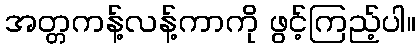
အတ္တကန့်လန့်ကာကို ဖွင့်ကြည့်ပါ။